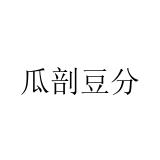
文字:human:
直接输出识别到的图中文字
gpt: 瓜剖豆分